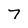
Character: 7